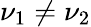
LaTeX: \nu_{1}\neq\nu_{2}